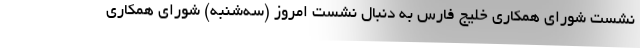
نشست شورای همکاری خلیج فارس به دنبال نشست امروز (سه‌شنبه) شورای همکاری